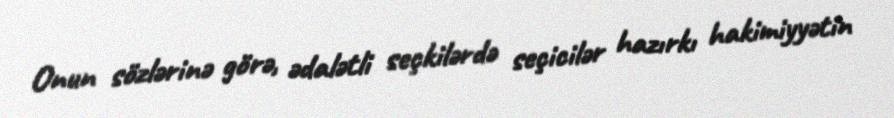
Onun sözlərinə görə, ədalətli seçkilərdə seçicilər hazırkı hakimiyyətin